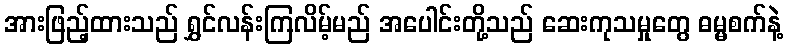
အားဖြည့်ထားသည် ရွှင်လန်းကြလိမ့်မည် အပေါင်းတို့သည် ဆေးကုသမှုတွေ ဓမ္မစက်နဲ့